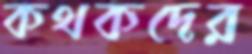
কথকদের